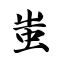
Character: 蚩